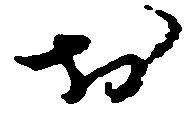
於